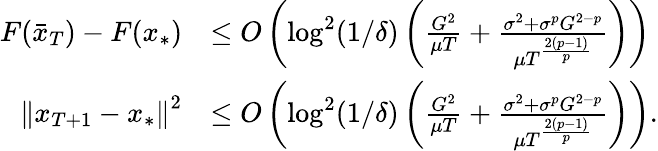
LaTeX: \begin{array}{rl}{F(\bar{x}_{T})-F(x_{*})}&{\leq O\left(\log^{2}(1/\delta)\left(\frac{G^{2}}{\mu T}+\frac{\sigma^{2}+\sigma^{p}G^{2-p}}{\mu T^{\frac{2(p-1)}{p}}}\right)\right)}\\ {\left\Vert x_{T+1}-x_{*}\right\Vert^{2}}&{\leq O\left(\log^{2}(1/\delta)\left(\frac{G^{2}}{\mu T}+\frac{\sigma^{2}+\sigma^{p}G^{2-p}}{\mu T^{\frac{2(p-1)}{p}}}\right)\right).}\end{array}